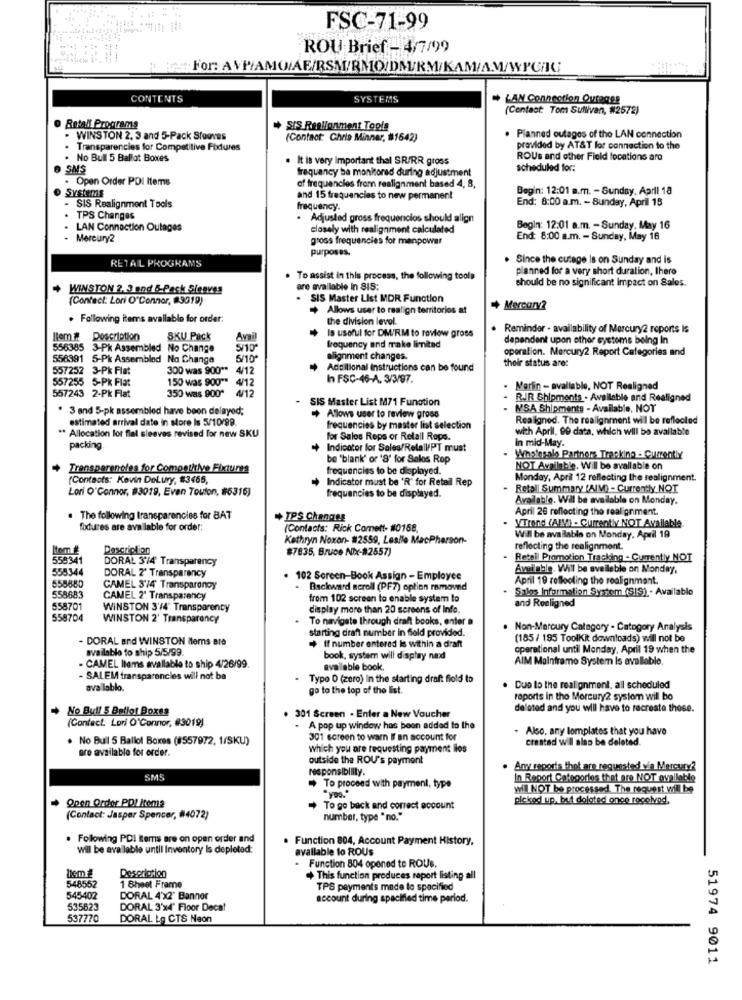
FSC-71-99
ROU Brief - 4/7/99
CONTENTS
SYSTEMS
LAN Connection Qvrages
(Contact: Tom Sullivan, #2572)
Betall Programs
* SIS Reellonment Topis
. WINSTON 2, 3 and 5-Pack Stouves
(Contact: Chris Minner, #1642)
Planned outages of the LAN connection
. Transparencies for Competitive Fixtures
provided by AT&T for connection to the
. No Bull 5 Ballot Boxes
. It is very Important thal SR/RR gross
ROUs and other Field locations aro
SMS
frequency be monitored during adjustment
scheduled for:
. Open Order PDI Items
of frequencies from realignment based 4, 8,
Systems
Begin: 12:01 a.m. - Sunday, April 18
and 15 frequencies to new permanent
End: 8:00 a.m. - Sunday, April 15
- SIS Realignment Tools
frequency.
. TPS Changes
Adjusted gross frequencios should align
LAN Connection Outages
closely with realignment calculated
Begin: 12:01 a.m. - Sunday, May 16
- Mercury2
gross frequencies for menpower
End: 8:00 a.m. - Sunday, May 16
purposes.
RETAIL PROGRAMS
. Since the cutage Is on Sunday and is
planned for a very short duration, there
To assist in this process, the following tools
should be no significant impact on Sales.
+ WINSTON 2, 3 and &-Pack Sleeves
are available in SIS:
(Contact: Lori O'Connor, 9019)
. SIS Master List MDR Function
Allows user to realign territorios at
+ Mercury?
. Following items available for order:
the division level.
Is useful for DM/RM to review gross
Reminder - availability of Mercury2 reports Is
Description
SKU Pack
Avail
dependent upon other systems being In
556385
3-Pk Assembled No Change
frequency and make limited
operation. Mercury2 Report Categories and
558391
5-Pk Assembled No Change
5/10"
alignment changes.
their status are:
557252
3-Pk Flat
300 was 900 ** 4/12
Additional Instructions can be found
557255 5-PK Flat
150 was 900""
4/12
h FSC-46-A. 3/3/97.
Mersin - avallable, NOT Realigned
557243 2-Pk Flat
350 was 900" 4/12
SIS Master List M71 Function
RJR Shipments . Available and Realigned
3 and 5-pk assembled have been delayed;
MSA Shipments - Available, NOY
estimated arrival date in store Is 5/10/99.
Allows user to review gross
Realigned. The realignment will be reflected
** Allocation lot flal sleeves revised for new SKU
frequencies by master list selection
with April, 99 data, which will be available
for Sales Reps of Retail Rops.
in mid-May.
packing.
Indicator for Sales/RelaIV/PT must
be 'blank' or '8' for Sales Rep
What:alo Partners Tracking - Currently
Transparencies for Competitive Fixtures
frequencies to be displayed.
NOT Available. Will be available on
(Contacts: Kevin DeLury, #3465,
Indicator must be 'R' for Retail Rep
Monday, April 12 reflecting the sealignment.
Lori O'Connor, #3019, Even Toulon, #6316)
frequencies to be displayed.
Retall Summary (AIV) - Currently NOT
Available. Will be available on Monday.
April 28 reflecting the realignment.
The following transparencies for BAT
+ IPS Changes
fodures are available for order:
(Contacts: Rick Comett- #0158,
VTrond (AIV) - Currently NOT Available.
Kathryn Noxon- #2559, Leslle MacPherson-
Wil be available on Monday, April 19
Description
#7835, Bruce Nix-#2557)
reflecting the realignment.
558341
DORAL 3/4' Transparency
- Retail Promotion Tracking - Currently NOT
555344
Available. Will be available on Monday,
555880
DORAL 2' Transparency
102 Screen-Book Assign - Employee
April 19 reflecting the realignment.
CAMEL 3'/4' Transparonoy
- Backward seroll (PF7) option mmoved
Sales Information System (SIS) . Available
558683
CAMEL 2' Transparency
from 102 screen to enable system to
and Realigned
558701
WINSTON 3'/4" Transparency
display more than 20 screens of Info.
558704
WINSTON 2' Transparency
To navigate through draft books, enter a
starting draft number in field provided.
. Non-Mercury Category - Category Analysis
DORAL and WINSTON Mems are
(185/ 195 Toolkit downloads) will not be
available to ship 5/5/99.
If number entered is within a draft
operational until Monday, April 19 when the
book, system will display nad
AIM Mainframe System Is available.
- CAMEL llems avallable to ship 4/26/99.
available book.
- SALEM transparencies will not be
Typo D (zero) In the starting draft fiold to
ava lablo.
go to the top of the list.
Due to the realignment, all scheduled
roports in the Mercury2 system will bo
No Bull 5 Bellot Boxes
. 301 Screen . Enter a New Voucher
de'ated and you will have to recreate those.
(Contact Lori O'Connor, #3019)
- A pop up window has been added to the
Also, any lomplatos that you have
. No Bull 5 Ballol Boxes (8557972, 1/SKU)
301 screen to warn If an account for
created will also be deleted.
are available for order.
Which you are requesting payment llos
outside the ROU's payment
responsibility.
. Any reportsthat are requested via Mercury?
SMS
In Report Categories that are NOT ovallable
To proceed with payment, type
"yoo."
will NOT be processed. The request will be
picked up, but dolated once regelvod,
Qpen Order PD/ Items
To go back and correct account
(Contact: Jasper Spencer, (4072)
number, type " no."
. Following PDI items are on open order and
. Function 804, Account Payment History,
will be available until Inventory Is depleted:
available to ROUs
Function 804 opened to ROUs.
548552
Description
+ This function produces report listing all
1 Sheet Frame
TPS payments made le specified
545402
DORAL 4'X2' Banner
account during spacified time period.
535823
DORAL 3'x4" Floor Decat
537770
DORAL Lg CTS Naon
51974 9011